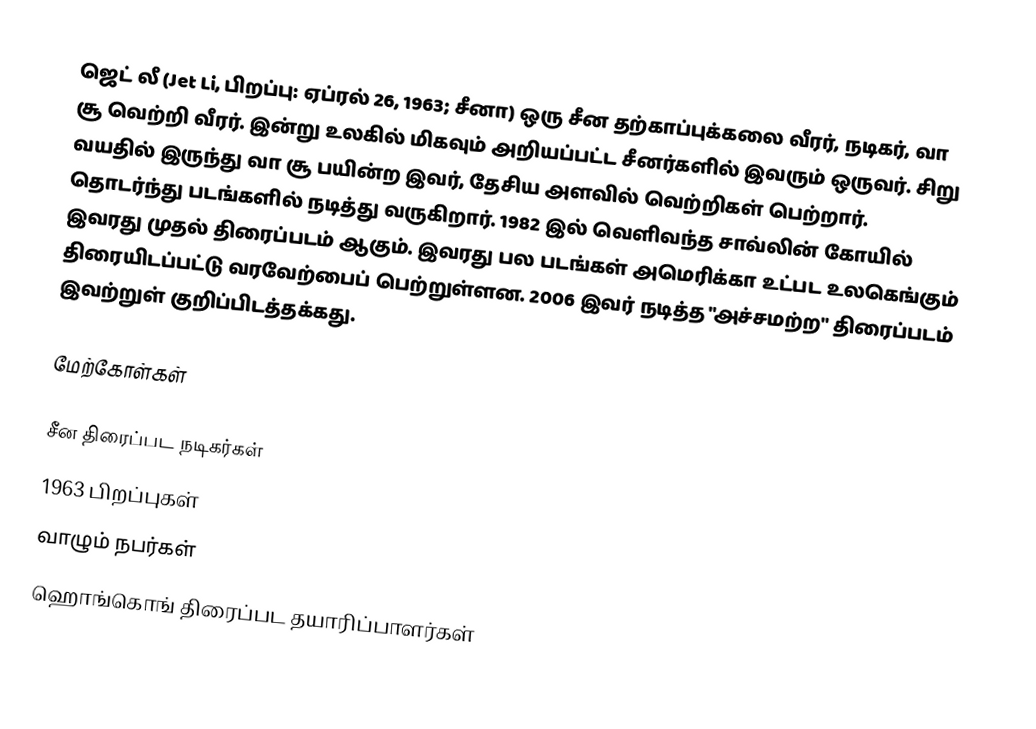
ஜெட் லீ (Jet Li, பிறப்பு: ஏப்ரல் 26, 1963; சீனா) ஒரு சீன தற்காப்புக்கலை வீரர், நடிகர், வா சூ வெற்றி வீரர். இன்று உலகில் மிகவும் அறியப்பட்ட சீனர்களில் இவரும் ஒருவர். சிறு வயதில் இருந்து வா சூ பயின்ற இவர், தேசிய அளவில் வெற்றிகள் பெற்றார். தொடர்ந்து படங்களில் நடித்து வருகிறார். 1982 இல் வெளிவந்த சாவ்லின் கோயில் இவரது முதல் திரைப்படம் ஆகும். இவரது பல படங்கள் அமெரிக்கா உட்பட உலகெங்கும் திரையிடப்பட்டு வரவேற்பைப் பெற்றுள்ளன. 2006 இவர் நடித்த "அச்சமற்ற" திரைப்படம் இவற்றுள் குறிப்பிடத்தக்கது.

மேற்கோள்கள்

சீன திரைப்பட நடிகர்கள்
1963 பிறப்புகள்
வாழும் நபர்கள்
ஹொங்கொங் திரைப்பட தயாரிப்பாளர்கள்